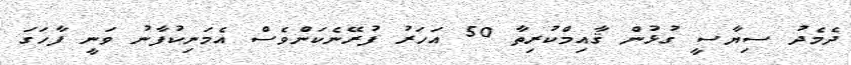
ދެމެދު ސިޔާސީ ގުޅުން ޤާއިމްކުރިތާ 50 އަހަރު ފުރޭނެކަންވެސް އެމަނިކުފާނު ވަނީ ފާހަގަ